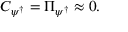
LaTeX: { \cal C } _ { \psi ^ { \dagger } } = \Pi _ { \psi ^ { \dagger } } \approx 0 .